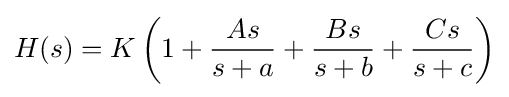
H(s)=K\left(1+{\frac {As}{s+a}}+{\frac {Bs}{s+b}}+{\frac {Cs}{s+c}}\right)